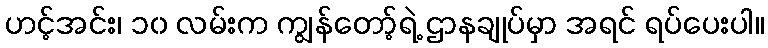
ဟင့်အင်း၊ ၁၀ လမ်းက ကျွန်တော့်ရဲ့ ဌာနချုပ်မှာ အရင် ရပ်ပေးပါ။